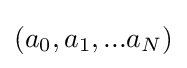
(a_{0},a_{1},...a_{N})